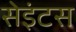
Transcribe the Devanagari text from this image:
सेइंटस